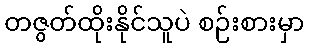
တဇွတ်ထိုးနိုင်သူပဲ စဉ်းစားမှာ